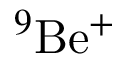
^ { 9 } \mathrm { { B e } ^ { + } }